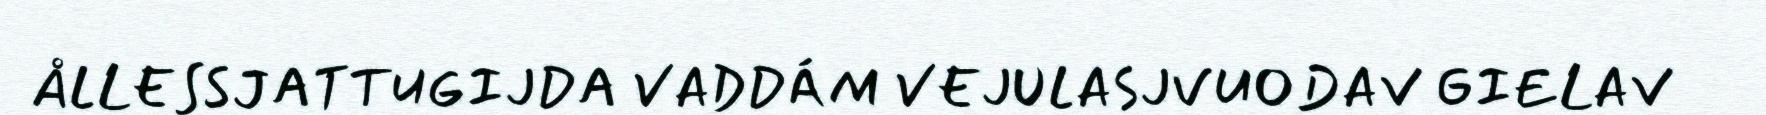
ÅLLESSJATTUGIJDA VADDÁM VEJULASJVUODAV GIELAV